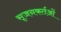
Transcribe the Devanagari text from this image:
सृजनकर्तओं